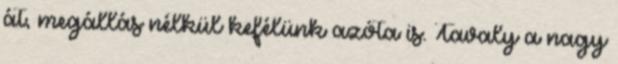
át, megállás nélkül kefélünk azóta is. Tavaly a nagy